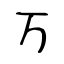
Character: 万